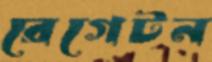
রেগেটন